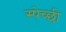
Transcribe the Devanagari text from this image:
स्पेच्छी